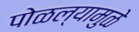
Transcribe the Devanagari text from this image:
पोळल्यामुळे